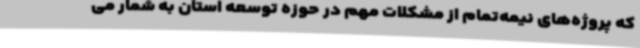
که پروژه‌های نیمه‌تمام از مشکلات مهم در حوزه توسعه استان به شمار می